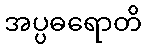
အပ္ပဓရောတိ